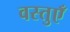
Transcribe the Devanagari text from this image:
वस्‍तुएँ